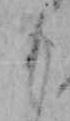
も